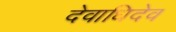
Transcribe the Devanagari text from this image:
देवाधिदेव